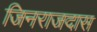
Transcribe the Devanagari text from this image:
जिनराजदास